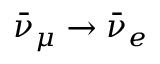
\bar { \nu } _ { \mu } \to \bar { \nu } _ { e }